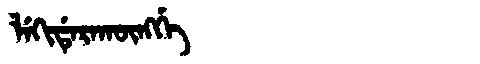
Manchu: ᠯᡝᡴᡳᡩᡝᡵᠠᡴᡡᠩᡤᡝ
Romanization: LEKIDERAKŪNGGE